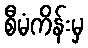
စီမံကိန်းမှ